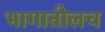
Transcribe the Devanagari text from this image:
भागातीलच